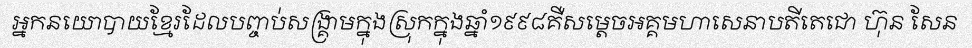
អ្នកនយោបាយខ្មែរដែលបញ្ចប់សង្គ្រាមក្នុងស្រុកក្នុងឆ្នាំ១៩៩៨គឺសម្តេចអគ្គមហាសេនាបតីតេជោ ហ៊ុន សែន